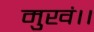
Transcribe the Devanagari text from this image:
मुखं।।